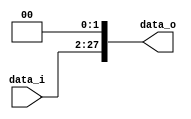
`timescale 1ns / 1ps
//////////////////////////////////////////////////////////////////////////////////
// Company: 
// Engineer: 
// 
// Design Name: 
// Module Name:    Jump_Shifter 
// Project Name: 
// Target Devices: 
// Tool versions: 
// Description: 
//
// Dependencies: 
//
// Revision: 
// Revision 0.01 - File Created
// Additional Comments: 
//
//////////////////////////////////////////////////////////////////////////////////
module Jump_Shifter(
    data_i,
    data_o
    );

//I/O ports                    
input [26-1:0] data_i;
output [28-1:0] data_o;

//shift left 2
assign data_o = data_i << 2;

endmodule